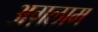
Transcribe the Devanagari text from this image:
अग़लाम